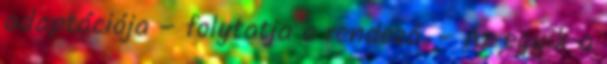
adaptációja – folytatja a rendező. – Az egyik a